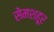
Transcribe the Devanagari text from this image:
सेमशहूर